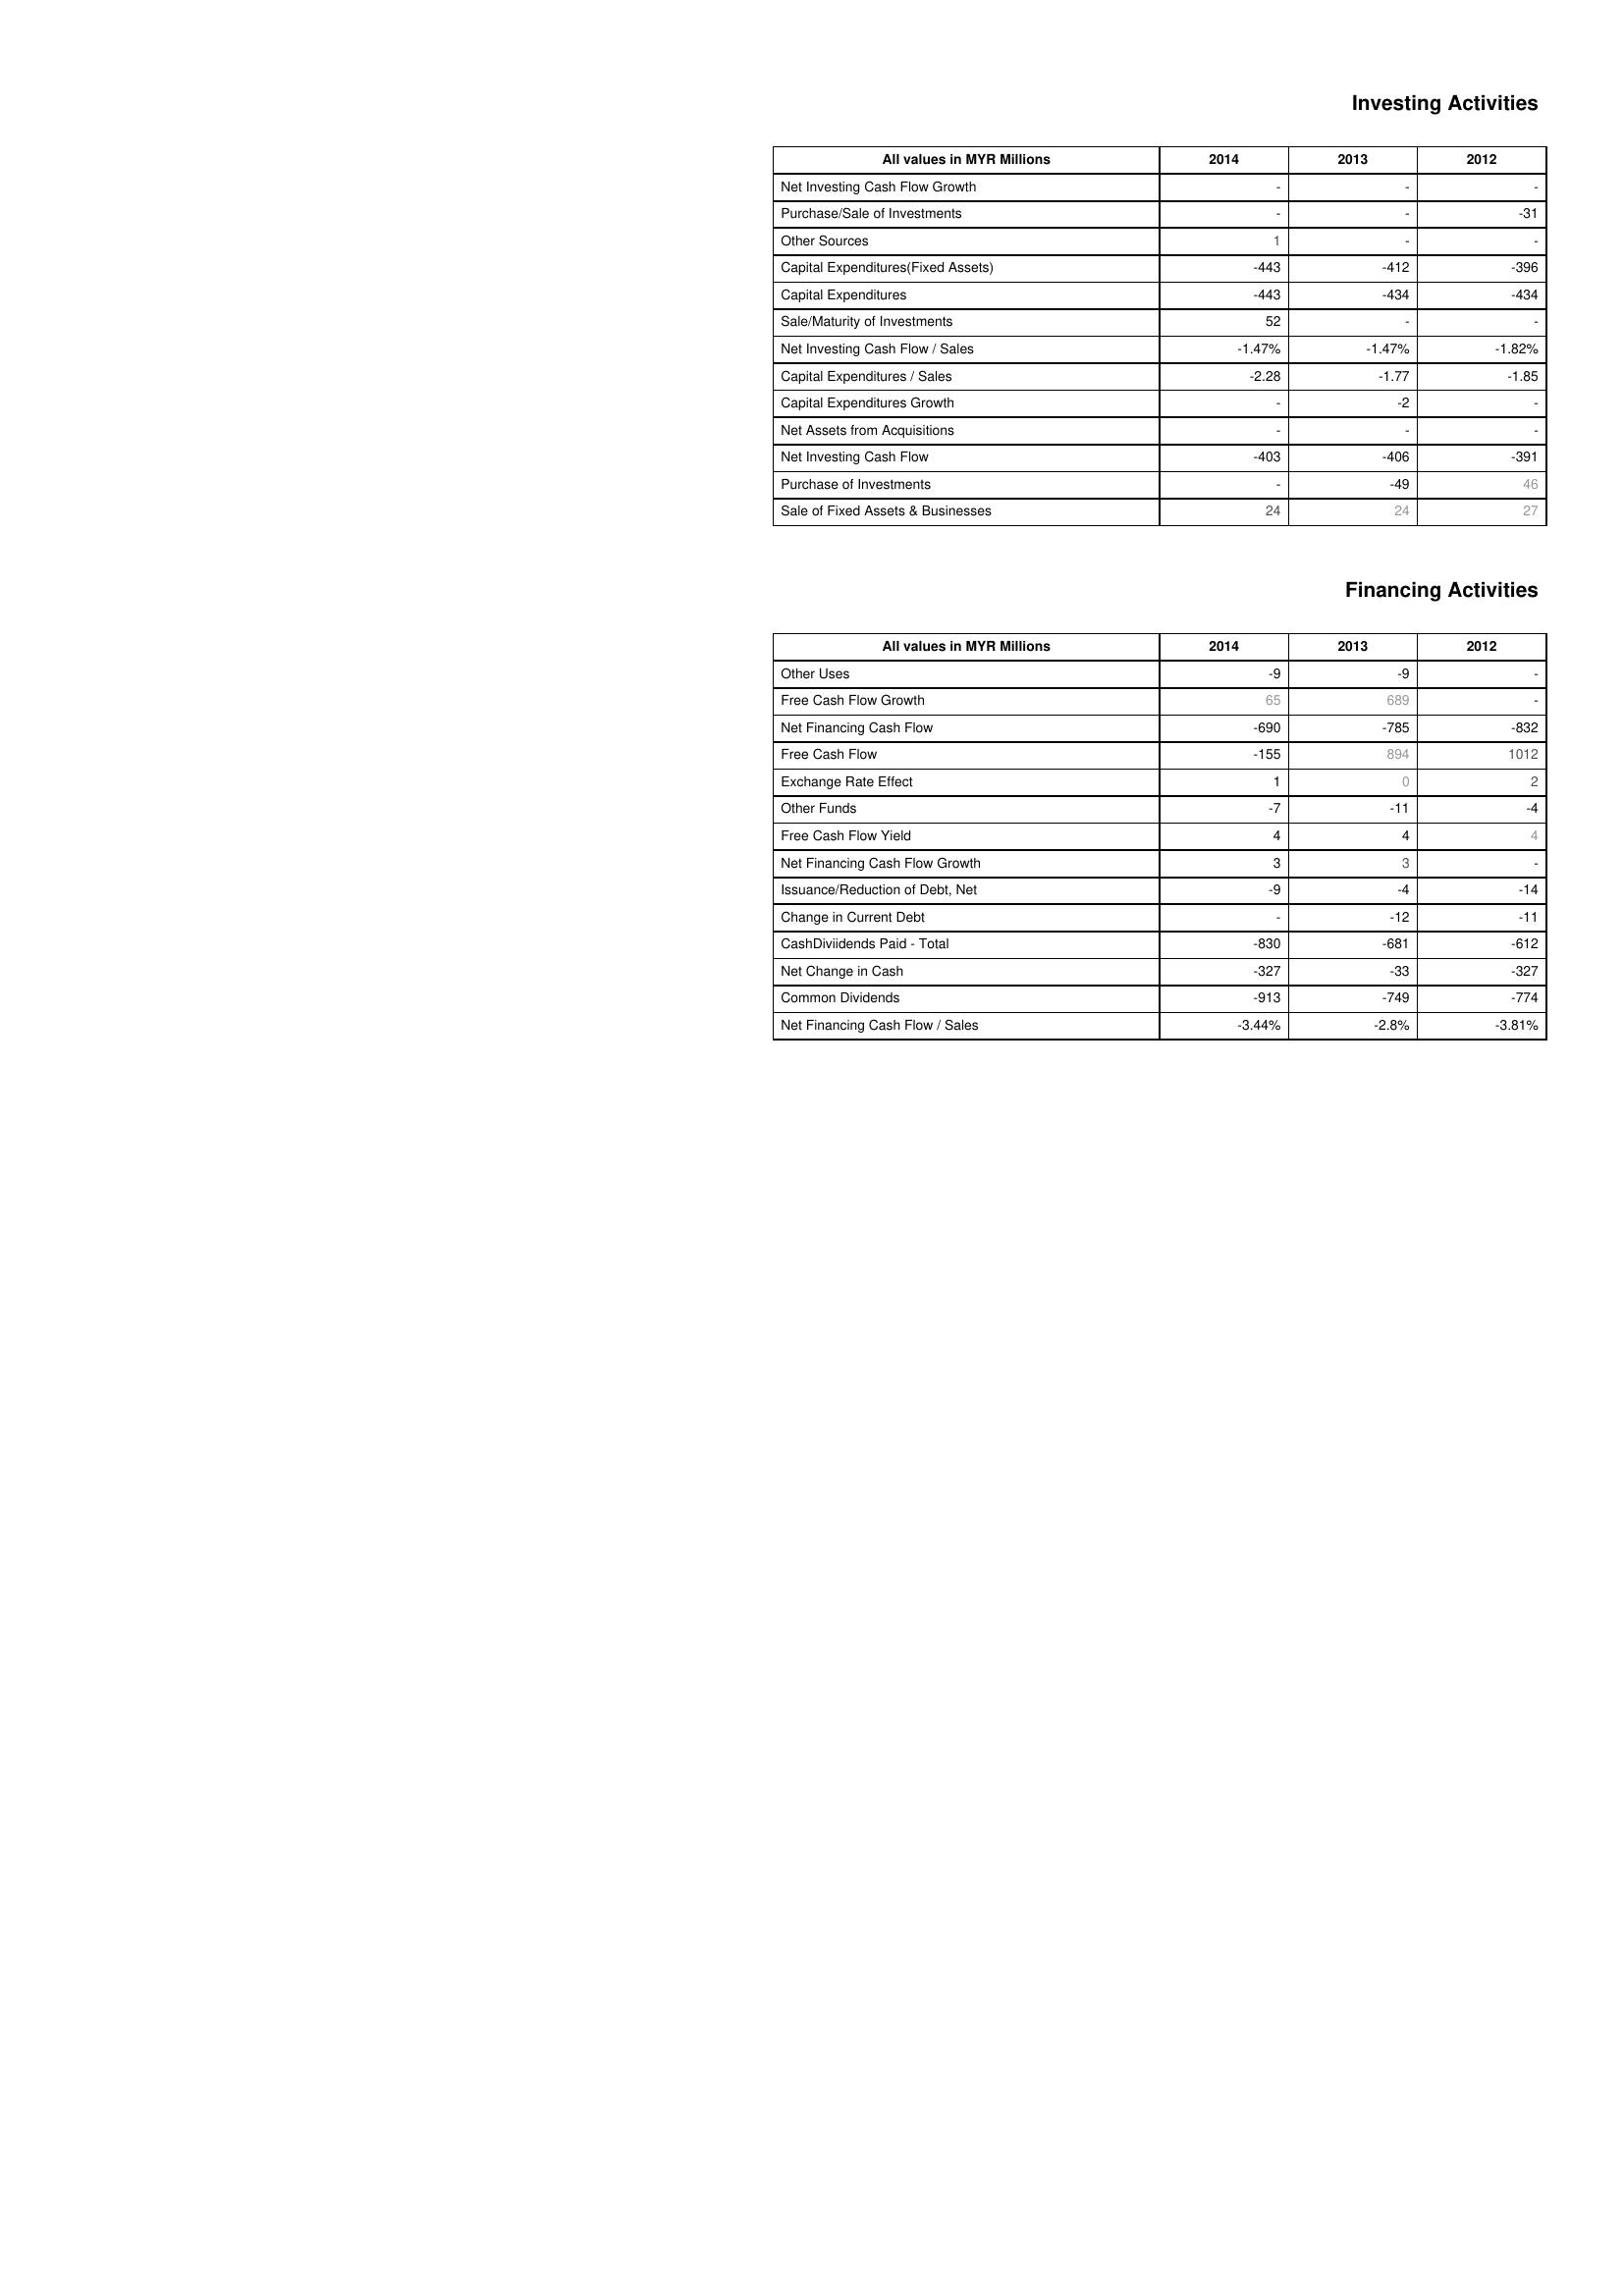
2014: Investing Activities: Net Investing Cash Flow Growth: -
Purchase/Sale of Investments: -
Other Sources: 1
Capital Expenditures(Fixed Assets): -443
Capital Expenditures: -443
Sale/Maturity of Investments: 52
Net Investing Cash Flow / Sales: -1.47%
Capital Expenditures / Sales: -2.28
Capital Expenditures Growth: -
Net Assets from Acquisitions: -
Net Investing Cash Flow: -403
Purchase of Investments: -
Sale of Fixed Assets & Businesses: 24
Financing Activities: Other Uses: -9
Free Cash Flow Growth: 65
Net Financing Cash Flow: -690
Free Cash Flow: -155
Exchange Rate Effect: 1
Other Funds: -7
Free Cash Flow Yield: 4
Net Financing Cash Flow Growth: 3
Issuance/Reduction of Debt, Net: -9
Change in Current Debt: -
CashDiviidends Paid - Total: -830
Net Change in Cash: -327
Common Dividends: -913
Net Financing Cash Flow / Sales: -3.44%
2013: Investing Activities: Net Investing Cash Flow Growth: -
Purchase/Sale of Investments: -
Other Sources: -
Capital Expenditures(Fixed Assets): -412
Capital Expenditures: -434
Sale/Maturity of Investments: -
Net Investing Cash Flow / Sales: -1.47%
Capital Expenditures / Sales: -1.77
Capital Expenditures Growth: -2
Net Assets from Acquisitions: -
Net Investing Cash Flow: -406
Purchase of Investments: -49
Sale of Fixed Assets & Businesses: 24
Financing Activities: Other Uses: -9
Free Cash Flow Growth: 689
Net Financing Cash Flow: -785
Free Cash Flow: 894
Exchange Rate Effect: 0
Other Funds: -11
Free Cash Flow Yield: 4
Net Financing Cash Flow Growth: 3
Issuance/Reduction of Debt, Net: -4
Change in Current Debt: -12
CashDiviidends Paid - Total: -681
Net Change in Cash: -33
Common Dividends: -749
Net Financing Cash Flow / Sales: -2.8%
2012: Investing Activities: Net Investing Cash Flow Growth: -
Purchase/Sale of Investments: -31
Other Sources: -
Capital Expenditures(Fixed Assets): -396
Capital Expenditures: -434
Sale/Maturity of Investments: -
Net Investing Cash Flow / Sales: -1.82%
Capital Expenditures / Sales: -1.85
Capital Expenditures Growth: -
Net Assets from Acquisitions: -
Net Investing Cash Flow: -391
Purchase of Investments: 46
Sale of Fixed Assets & Businesses: 27
Financing Activities: Other Uses: -
Free Cash Flow Growth: -
Net Financing Cash Flow: -832
Free Cash Flow: 1012
Exchange Rate Effect: 2
Other Funds: -4
Free Cash Flow Yield: 4
Net Financing Cash Flow Growth: -
Issuance/Reduction of Debt, Net: -14
Change in Current Debt: -11
CashDiviidends Paid - Total: -612
Net Change in Cash: -327
Common Dividends: -774
Net Financing Cash Flow / Sales: -3.81%